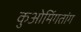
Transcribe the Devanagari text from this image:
कुओमिंगतांग